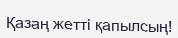
Қазаң жетті қапылсың!